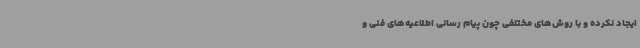
ایجاد نکرده و با روش‌های مختلفی چون پیام رسانی اطلاعیه‌های فنی و